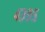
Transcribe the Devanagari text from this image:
४३९५